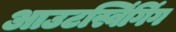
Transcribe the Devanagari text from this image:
आउटस्विंगिंग